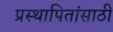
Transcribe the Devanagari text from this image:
प्रस्थापितांसाठी